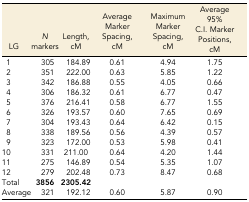
| LG | N markers | Length, cM | Average Marker Spacing, cM | Maximum Marker Spacing, cM | Average 95% C.I. Marker Positions, cM |
 | --- | --- | --- | --- | --- | --- |
 | 1 | 305 | 184.89 | 0.61 | 4.94 | 1.75 |
 | 2 | 351 | 222.00 | 0.63 | 5.85 | 1.22 |
 | 3 | 342 | 186.88 | 0.55 | 4.05 | 0.66 |
 | 4 | 306 | 186.32 | 0.61 | 6.77 | 0.47 |
 | 5 | 376 | 216.41 | 0.58 | 6.77 | 1.55 |
 | 6 | 326 | 193.57 | 0.60 | 7.65 | 0.69 |
 | 7 | 304 | 193.43 | 0.64 | 6.42 | 0.15 |
 | 8 | 338 | 189.56 | 0.56 | 4.39 | 0.57 |
 | 9 | 323 | 172.00 | 0.53 | 5.98 | 0.41 |
 | 10 | 331 | 211.00 | 0.64 | 4.20 | 1.44 |
 | 11 | 275 | 146.89 | 0.54 | 5.35 | 1.07 |
 | 12 | 279 | 202.48 | 0.73 | 8.47 | 0.68 |
 | Total | 3856 | 2305.42 |  |  |  |
 | Average | 321 | 192.12 | 0.60 | 5.87 | 0.90 |